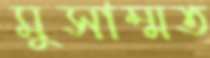
মুসাম্মত